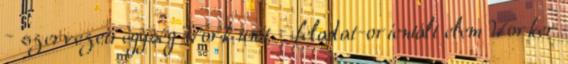
– szervezeti egység Work unit – feladat-orientált elem Worker